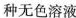
种无色溶液